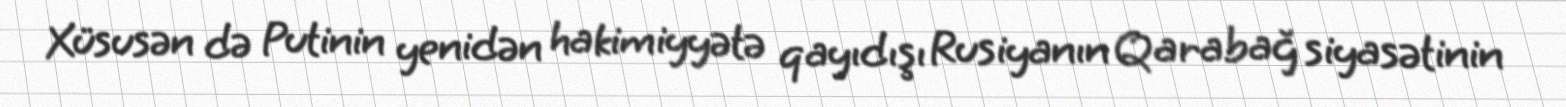
Xüsusən də Putinin yenidən hakimiyyətə qayıdışı Rusiyanın Qarabağ siyasətinin